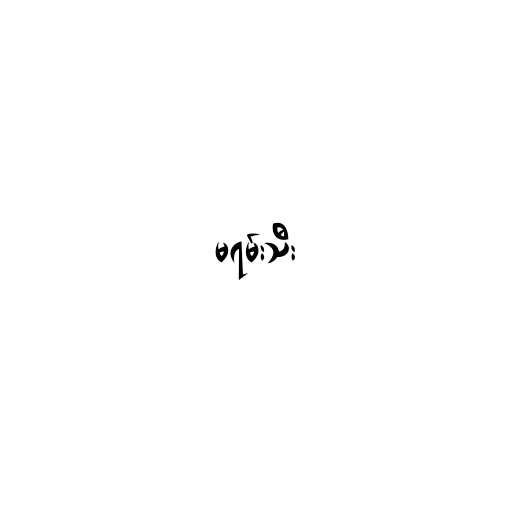
မရမ်းသီး